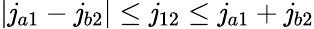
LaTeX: |\mathit{j}_{a1}-\mathit{j}_{b2}|\leq\mathit{j}_{12}\leq\mathit{j}_{a1}+\mathit{j}_{b2}